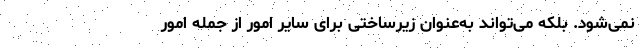
نمی‌شود. بلکه می‌تواند به‌عنوان زیرساختی برای سایر امور از جمله امور